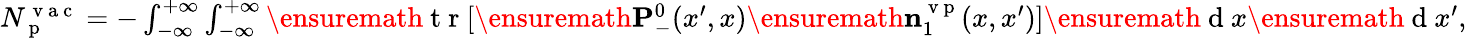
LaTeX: \begin{array}{r}{N_{\mathrm{~p~}}^{\mathrm{~v~a~c~}}=-\int_{-\infty}^{+\infty}\int_{-\infty}^{+\infty}\ensuremath{\mathrm{~t~r~}}[\ensuremath{\mathbf{P}}_{-}^{0}(x^{\prime},x)\ensuremath{\mathbf{n}}_{1}^{\mathrm{~v~p~}}(x,x^{\prime})]\ensuremath{\mathrm{~d~}}x\ensuremath{\mathrm{~d~}}x^{\prime},}\end{array}